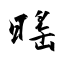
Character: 暚